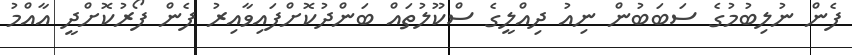
ފެން ނުލިބުމުގެ ސަބަބުން ނިއު ދިއްލީގެ ސްކޫލުތައް ބަންދުކޮށްފައިވާއިރު ފެން ފޯރުކޮށްދީ އާއްމު